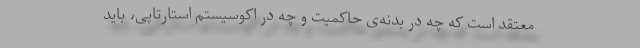
معتقد است که چه در بدنه‌ی حاکمیت و چه در اکوسیستم استارتاپی، باید